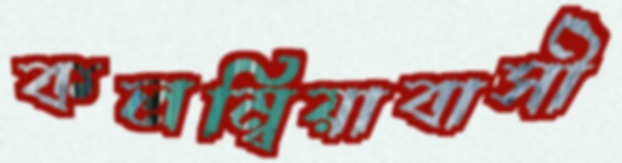
কলম্বিয়াবাসী